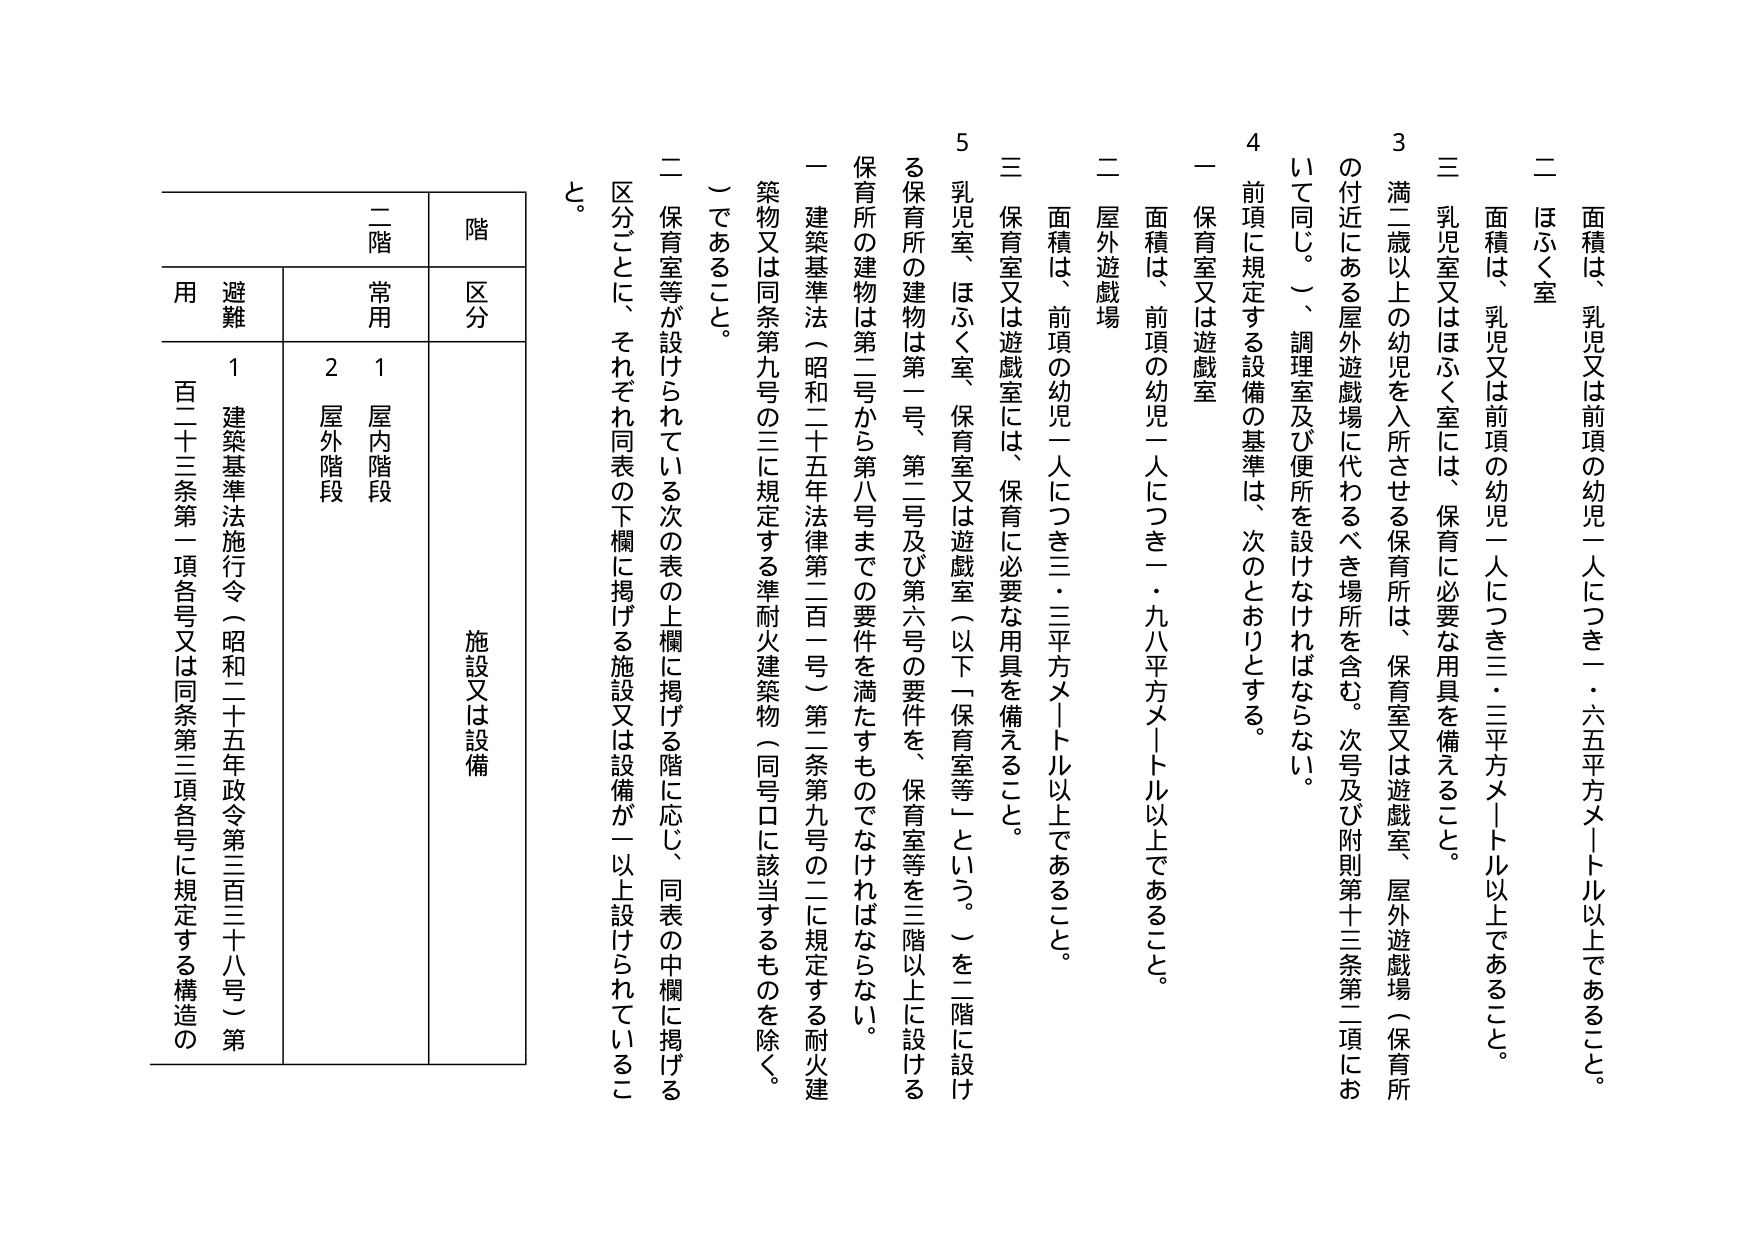
二　ほふく室
　　面積は、乳児又は前項の幼児一人につき一・六五平方メートル以上であること。

三　乳児室又はほふく室には、保育に必要な用具を備えること。

3　満二歳以上の幼児を入所させる保育所は、保育室又は遊戯室、屋外遊戯場（保育所の付近にある屋外遊戯場に代わるべき場所を含む。次号及び附則第十三条第二項において同じ。）、調理室及び便所を設けなければならない。

4　前項に規定する設備の基準は、次のとおりとする。

　一　保育室又は遊戯室
　　　面積は、前項の幼児一人につき一・九八平方メートル以上であること。

　二　屋外遊戯場
　　　面積は、前項の幼児一人につき三・三平方メートル以上であること。

　三　保育室又は遊戯室には、保育に必要な用具を備えること。

5　乳児室、ほふく室、保育室又は遊戯室（以下「保育室等」という。）を二階に設ける保育所の建物は第一号、第二号及び第六号の要件を、保育室等を三階以上に設ける保育所の建物は第二号から第八号までの要件を満たすものでなければならない。

　一　建築基準法（昭和二十五年法律第二百一号）第二条第九号の二に規定する耐火建築物又は同条第九号の三に規定する準耐火建築物（同号ロに該当するものを除く。）であること。

　二　保育室等が設けられている次の表の上欄に掲げる階に応じ、同表の中欄に掲げる区分ごとに、それぞれ同表の下欄に掲げる施設又は設備が一以上設けられていること。